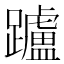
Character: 𨇖